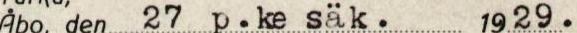
Åbo, den 27 p. kesäk. 1929.19.29.